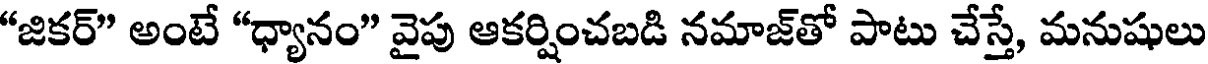
"జికర్" అంటే "ధ్యానం" వైపు ఆకర్షించబడి నమాజ్తో పాటు చేస్తే, మనుషులు